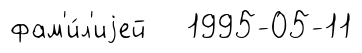
фам'и́л'иjей 1995-05-11